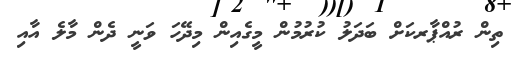
ތިން ރުއްޕާރކަށް ބަދަލު ކުރުމުން މީގެއިން މިދޭހަ ވަނީ ދެން މާލެ އާއި